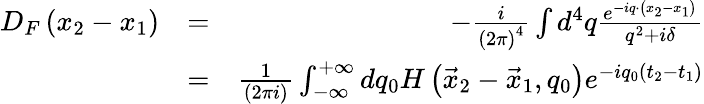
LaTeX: \begin{array}{rlr}{D_{F}\left(x_{2}-x_{1}\right)}&{=}&{-\frac{i}{\left(2\pi\right)^{4}}\int d^{4}q\frac{e^{-iq\cdot\left(x_{2}-x_{1}\right)}}{q^{2}+i\delta}}\\ &{=}&{\frac{1}{\left(2\pi i\right)}\int_{-\infty}^{+\infty}dq_{0}H\left(\vec{x}_{2}-\vec{x}_{1},q_{0}\right)e^{-iq_{0}\left(t_{2}-t_{1}\right)}}\end{array}